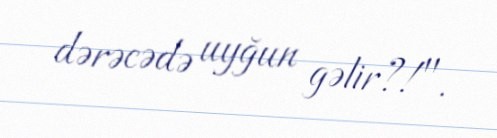
dərəcədə uyğun gəlir?!".